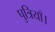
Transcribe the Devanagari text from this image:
पुत्रियाँ।